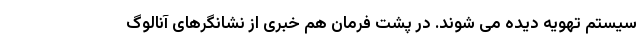
سیستم تهویه دیده می شوند. در پشت فرمان هم خبری از نشانگرهای آنالوگ